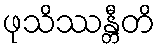
ဖုသိဿန္တီတိ